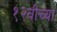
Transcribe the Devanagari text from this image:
१२वीच्या